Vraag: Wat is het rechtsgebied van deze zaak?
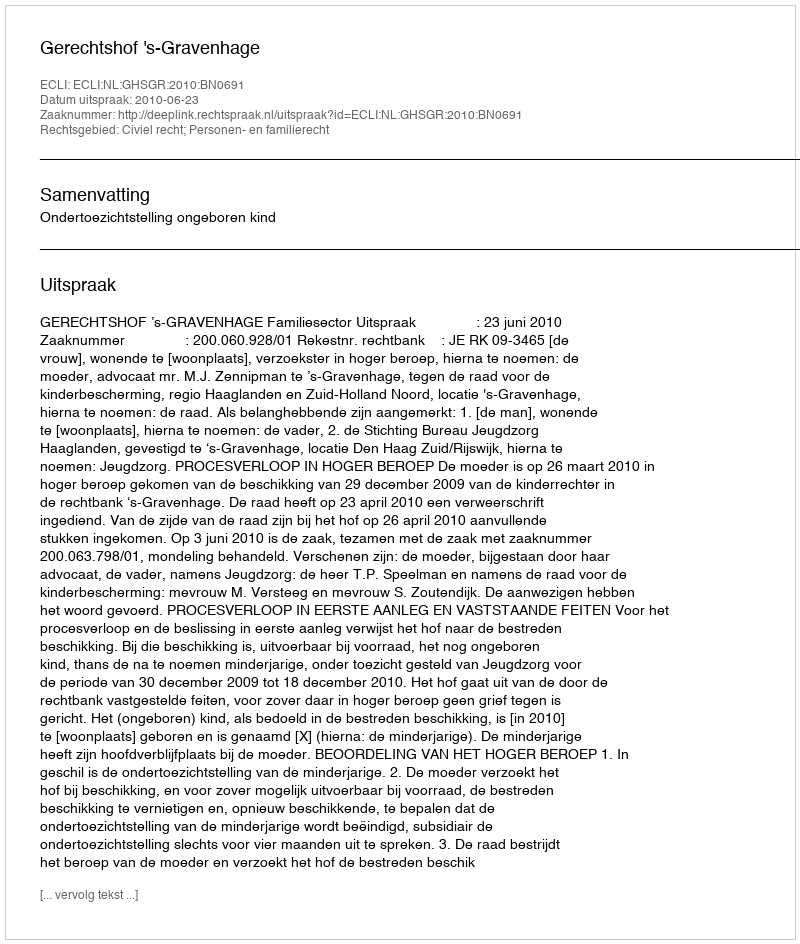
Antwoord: Civiel recht; Personen- en familierecht